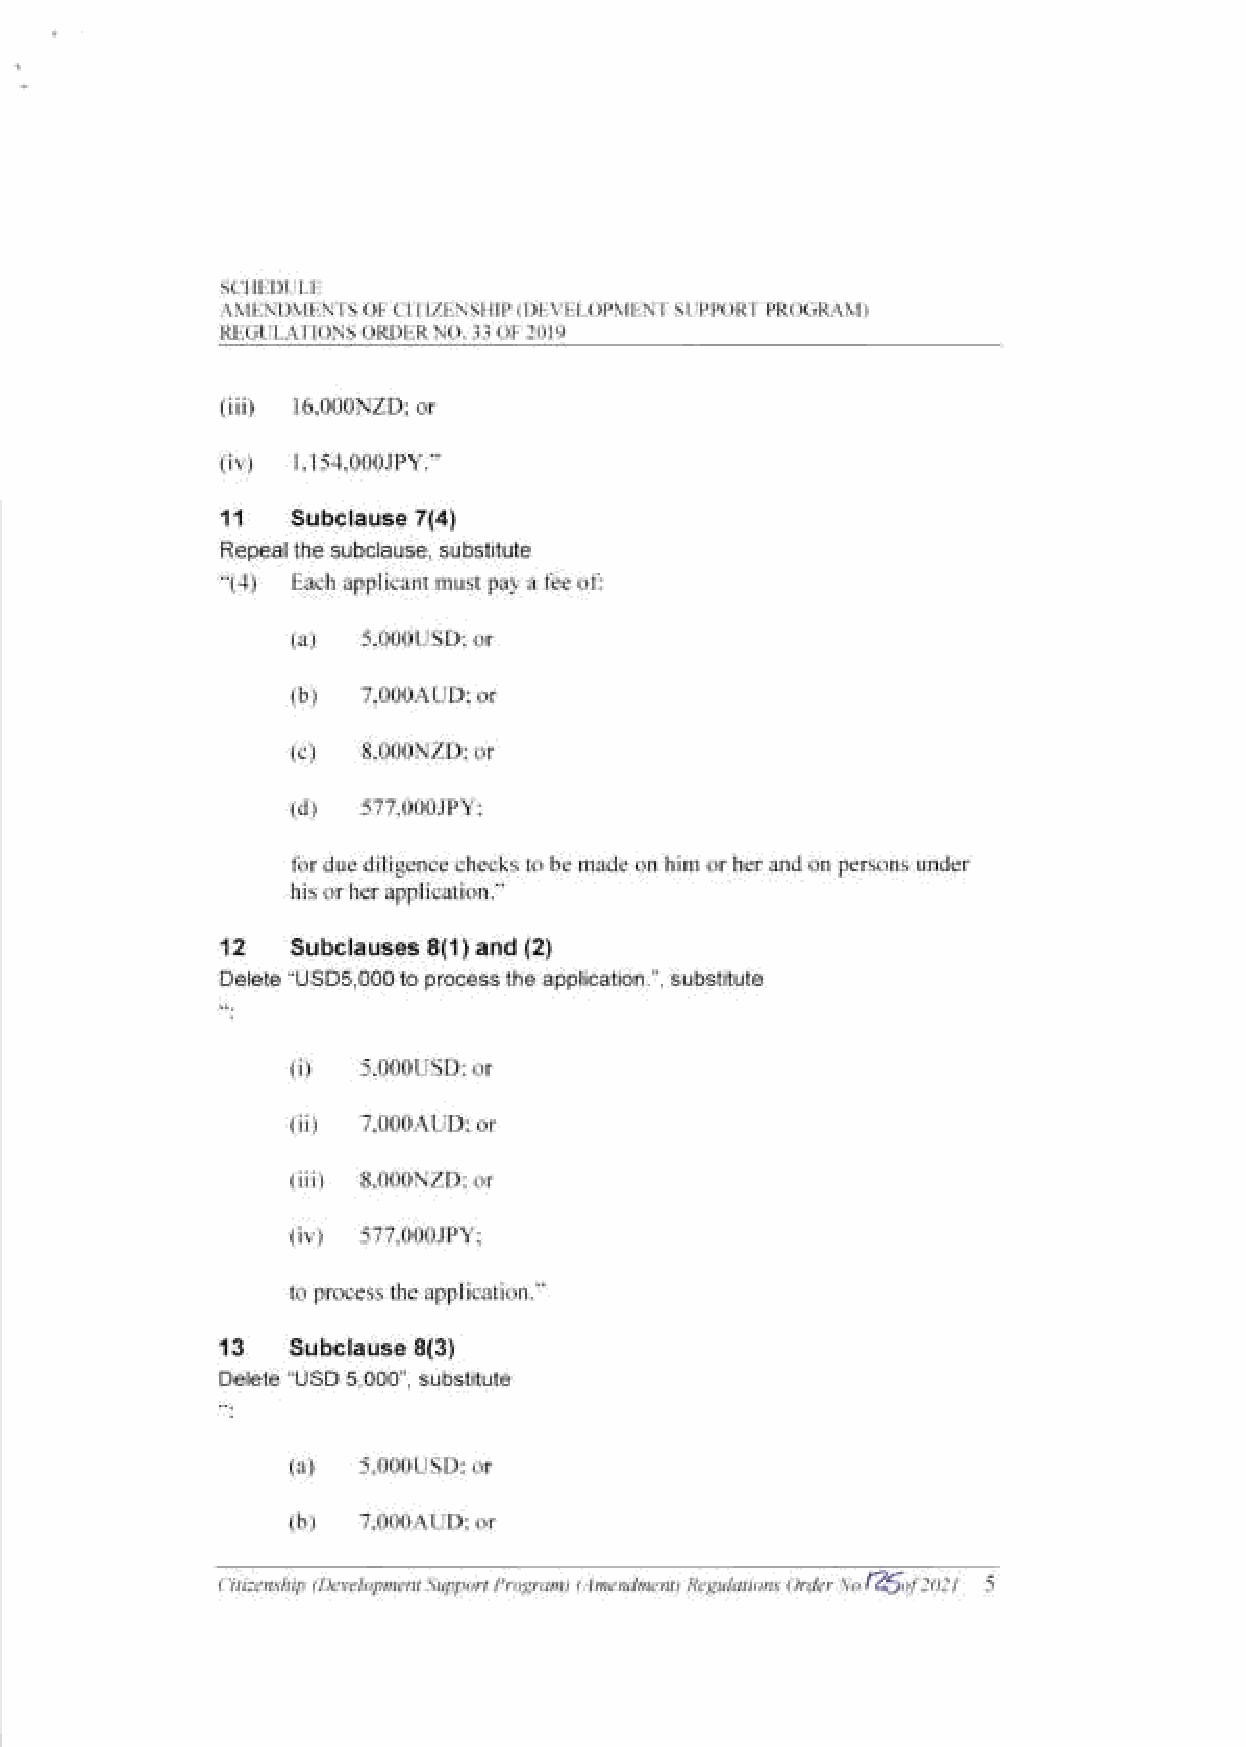
SCTIEDLILE
 A]\II:NI)I\,1T'-NISOI:CITIZENSTIIP(t)[VI:I,oPNIENISTiPPOR'TPROGRANI)
 RLGLiLA'TIONS ORDER No. 3.] oF 20I9
 iii)
 l6.000NZDr or
 (
 )
 ( iv I .l 5.1.000JPY."
 11
 Subclause 7(4)
 Repeal the subclause, substitute
 -(+)
 Each applicant must par a t'ee ot:
 (a)
 5.000USD: or
 (b)
 7.000AUD: or
 (c)
 8.000N2D: or
 (d)
 577.000JPY:
 for due diligence checks to be made on him or her and on persons under
 his or her application."
 12
 Subclauses 8(1)and (2)
 Delete "USD5,000 to process the application.", subslitute
 (i)
 5,000USD: or
 (iD
 7,000AUD; or
 (iii)
 8,000N2D; or
 (iv)
 577,000JPY;
 to process the application."
 13
 Subclause 8(3)
 Delete 'USD 5,000", substitute
 (a)
 5.000USD: or
 (b)
 7.000AUD: or
 Citi:enship I Developmenl Support Progru,n) (.tmenllmen| Regulations Order \o.l$o|)El 5